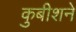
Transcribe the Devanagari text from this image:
कुबीशने